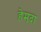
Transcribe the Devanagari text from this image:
हेमदा